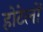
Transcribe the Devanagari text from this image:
होटेलों